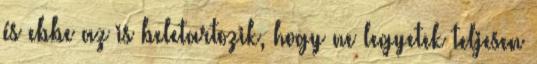
és ebbe az is beletartozik, hogy ne legyetek teljesen